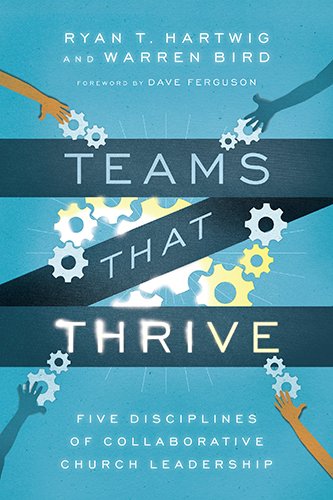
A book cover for Teams That Thrive: Five Disciplines of Collaborative Church Leadership; Ryan T. Hartwig  Ph.D.; Christian Books & Bibles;